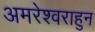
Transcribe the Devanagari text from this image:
अमरेश्वराहुन